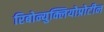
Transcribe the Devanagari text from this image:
रिबोन्युक्लियोप्रोटीन